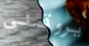
يروقني